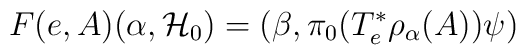
F(e,A) (\alpha ,{\cal H}_0) = (\beta ,\pi _0              (T^*_e\rho _\alpha (A))\psi )